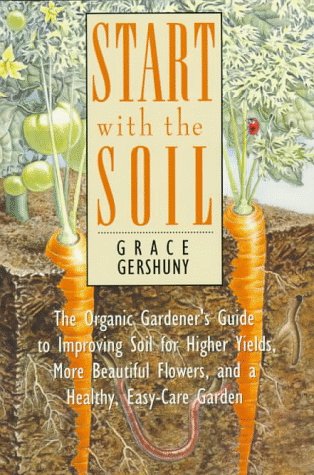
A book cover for Start with the Soil; Gershuny Grace; Crafts, Hobbies & Home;